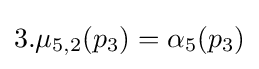
3.\mu _{5,2}(p_{3})=\alpha _{5}(p_{3})